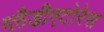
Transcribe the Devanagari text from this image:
ग्लैडीएटोरेस